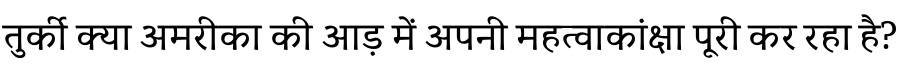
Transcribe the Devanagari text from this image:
तुर्की क्या अमरीका की आड़ में अपनी महत्वाकांक्षा पूरी कर रहा है?